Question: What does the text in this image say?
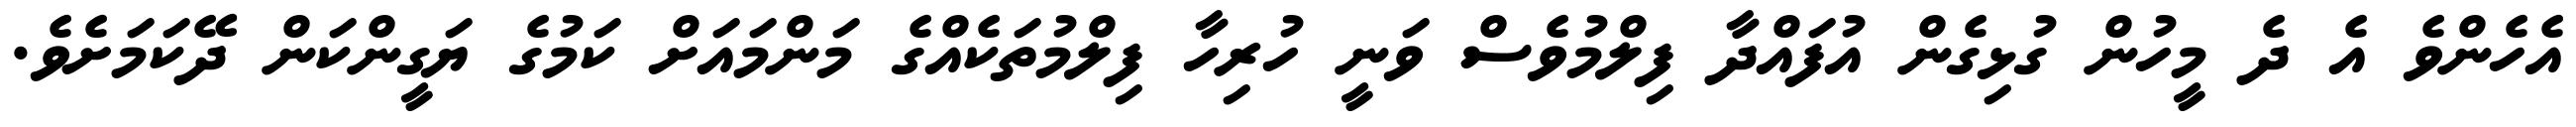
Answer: އެހެންވެ އެ ދެ މީހުން ގުޅިގެން އުފައްދާ ފިލްމުވެސް ވަނީ ހުރިހާ ފިލްމުތަކެއްގެ މަންމައަށް ކަމުގެ ޔަގީންކަން ދޭކަމަށެވެ.